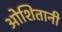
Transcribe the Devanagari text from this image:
ओशितानी